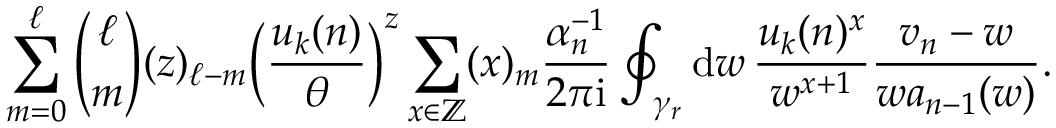
\sum _ { m = 0 } ^ { \ell } { \binom { \ell } { m } } ( z ) _ { \ell - m } \Big ( \frac { u _ { k } ( n ) } { \theta } \Big ) ^ { z } \sum _ { x \in \mathbb { Z } } ( x ) _ { m } \frac { \alpha _ { n } ^ { - 1 } } { 2 \pi \mathrm { i } } \oint _ { \gamma _ { r } } \mathrm { d } w \, \frac { u _ { k } ( n ) ^ { x } } { w ^ { x + 1 } } \frac { v _ { n } - w } { w a _ { n - 1 } ( w ) } .